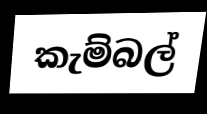
කැම්බල්